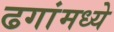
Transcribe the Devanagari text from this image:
ढगांमध्ये